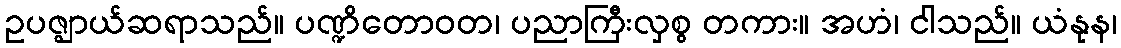
ဥပဇ္ဈာယ်ဆရာသည်။ ပဏ္ဍိတောဝတ၊ ပညာကြီးလှစွ တကား။ အဟံ၊ ငါသည်။ ယံနုန၊